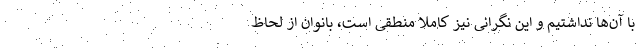
با آن‌ها نداشتیم و این نگرانی نیز کاملا منطقی است، بانوان از لحاظ